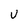
Character: v